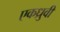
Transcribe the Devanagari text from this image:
एकध्रुवी